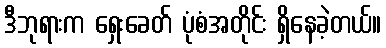
ဒီဘုရားက ရှေးခေတ် ပုံစံအတိုင်း ရှိနေခဲ့တယ်။